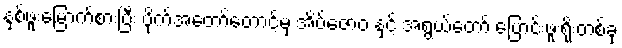
နှစ်ဖူးမြောက်စားပြီး ဗိုက်အတော်တောင့်မှ အိပ်ဇောဝ နှင့် အရွယ်တော် ပြောင်းဖူးရိုးတစ်ခု